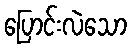
ပြောင်းလဲသော